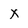
Character: X